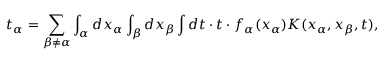
t _ { \alpha } = \sum _ { \beta \neq \alpha } \int _ { \alpha } d x _ { \alpha } \int _ { \beta } d x _ { \beta } \int d t \cdot t \cdot f _ { \alpha } ( x _ { \alpha } ) K ( x _ { \alpha } , x _ { \beta } , t ) ,